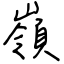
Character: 嶺